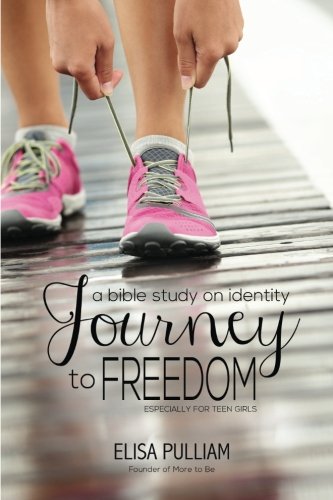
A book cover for Journey to Freedom: A Bible Study on Identity for Teen Girls (Engage Bible Studies for Teen Girls) (Volume 1); Elisa A Pulliam; Christian Books & Bibles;